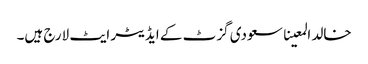
خالد المعینا سعودی گزٹ کے ایڈیٹر ایٹ لارج ہیں۔